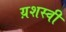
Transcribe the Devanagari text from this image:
य़शस्वी